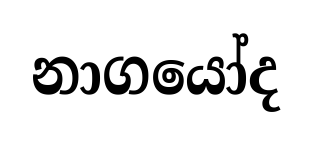
නාගයෝද